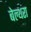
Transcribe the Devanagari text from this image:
बेल्‍थरा